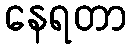
နေရတာ